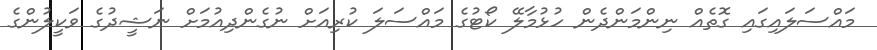
މައްސަލައިގައި ގޮތެއް ނިންމަންދެން ހުޅުމާލޭ ކޯޓުގެ މައްސަލަ ކުރިއަށް ނުގެންދިއުމަށް ނަޝީދުގެ ވަކީލުންގެ